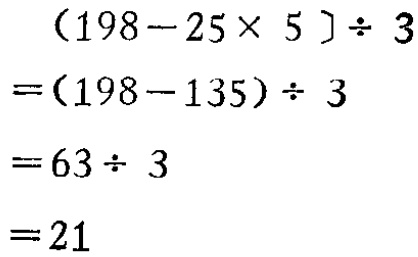
\[

\begin{align*}

&(198 - 25\times5)\div3\\

=&(198 - 135)\div3\\

=&63\div3\\

=&21

\end{align*}

\]